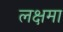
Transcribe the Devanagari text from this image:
लक्षमा